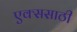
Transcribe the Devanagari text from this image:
एक्ससाठी